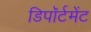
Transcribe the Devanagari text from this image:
डिपॉर्टमेंट